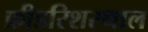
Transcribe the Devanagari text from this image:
फ्रीडरिशस्थाल